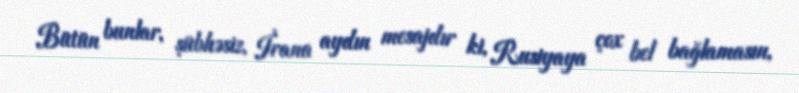
Bütün bunlar, şübhəsiz, İrana aydın mesajdır ki, Rusiyaya çox bel bağlamasın,